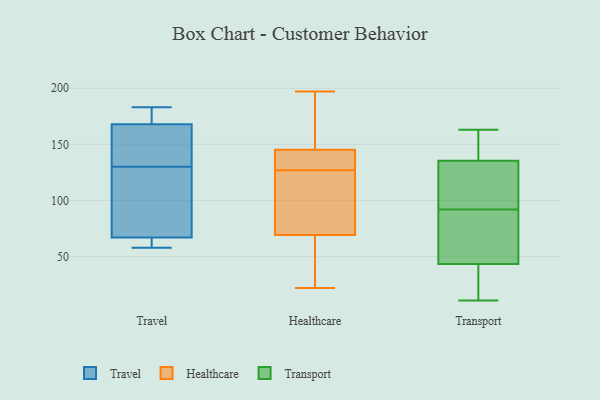
{"axis": {"x": "Humidity (%)", "y": "Value"}, "legend": ["Healthcare", "Transport", "Travel"], "data": [{"x": "", "y": 183, "type": "Travel"}, {"x": "", "y": 94, "type": "Travel"}, {"x": "", "y": 172, "type": "Travel"}, {"x": "", "y": 58, "type": "Travel"}, {"x": "", "y": 66, "type": "Travel"}, {"x": "", "y": 150, "type": "Travel"}, {"x": "", "y": 67, "type": "Travel"}, {"x": "", "y": 122, "type": "Travel"}, {"x": "", "y": 168, "type": "Travel"}, {"x": "", "y": 138, "type": "Travel"}, {"x": "", "y": 25, "type": "Healthcare"}, {"x": "", "y": 85, "type": "Healthcare"}, {"x": "", "y": 22, "type": "Healthcare"}, {"x": "", "y": 187, "type": "Healthcare"}, {"x": "", "y": 193, "type": "Healthcare"}, {"x": "", "y": 176, "type": "Healthcare"}, {"x": "", "y": 197, "type": "Healthcare"}, {"x": "", "y": 40, "type": "Healthcare"}, {"x": "", "y": 79, "type": "Healthcare"}, {"x": "", "y": 131, "type": "Healthcare"}, {"x": "", "y": 135, "type": "Healthcare"}, {"x": "", "y": 127, "type": "Healthcare"}, {"x": "", "y": 33, "type": "Healthcare"}, {"x": "", "y": 134, "type": "Healthcare"}, {"x": "", "y": 128, "type": "Healthcare"}, {"x": "", "y": 79, "type": "Healthcare"}, {"x": "", "y": 124, "type": "Healthcare"}, {"x": "", "y": 79, "type": "Transport"}, {"x": "", "y": 11, "type": "Transport"}, {"x": "", "y": 43, "type": "Transport"}, {"x": "", "y": 116, "type": "Transport"}, {"x": "", "y": 44, "type": "Transport"}, {"x": "", "y": 39, "type": "Transport"}, {"x": "", "y": 65, "type": "Transport"}, {"x": "", "y": 163, "type": "Transport"}, {"x": "", "y": 124, "type": "Transport"}, {"x": "", "y": 148, "type": "Transport"}, {"x": "", "y": 105, "type": "Transport"}, {"x": "", "y": 147, "type": "Transport"}]}